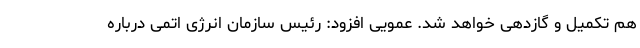
هم تکمیل و گازدهی خواهد شد. عمویی افزود: رئیس سازمان انرژی اتمی درباره